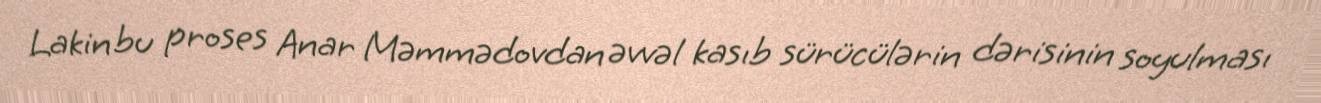
Lakin bu proses Anar Məmmədovdan əvvəl kasıb sürücülərin dərisinin soyulması